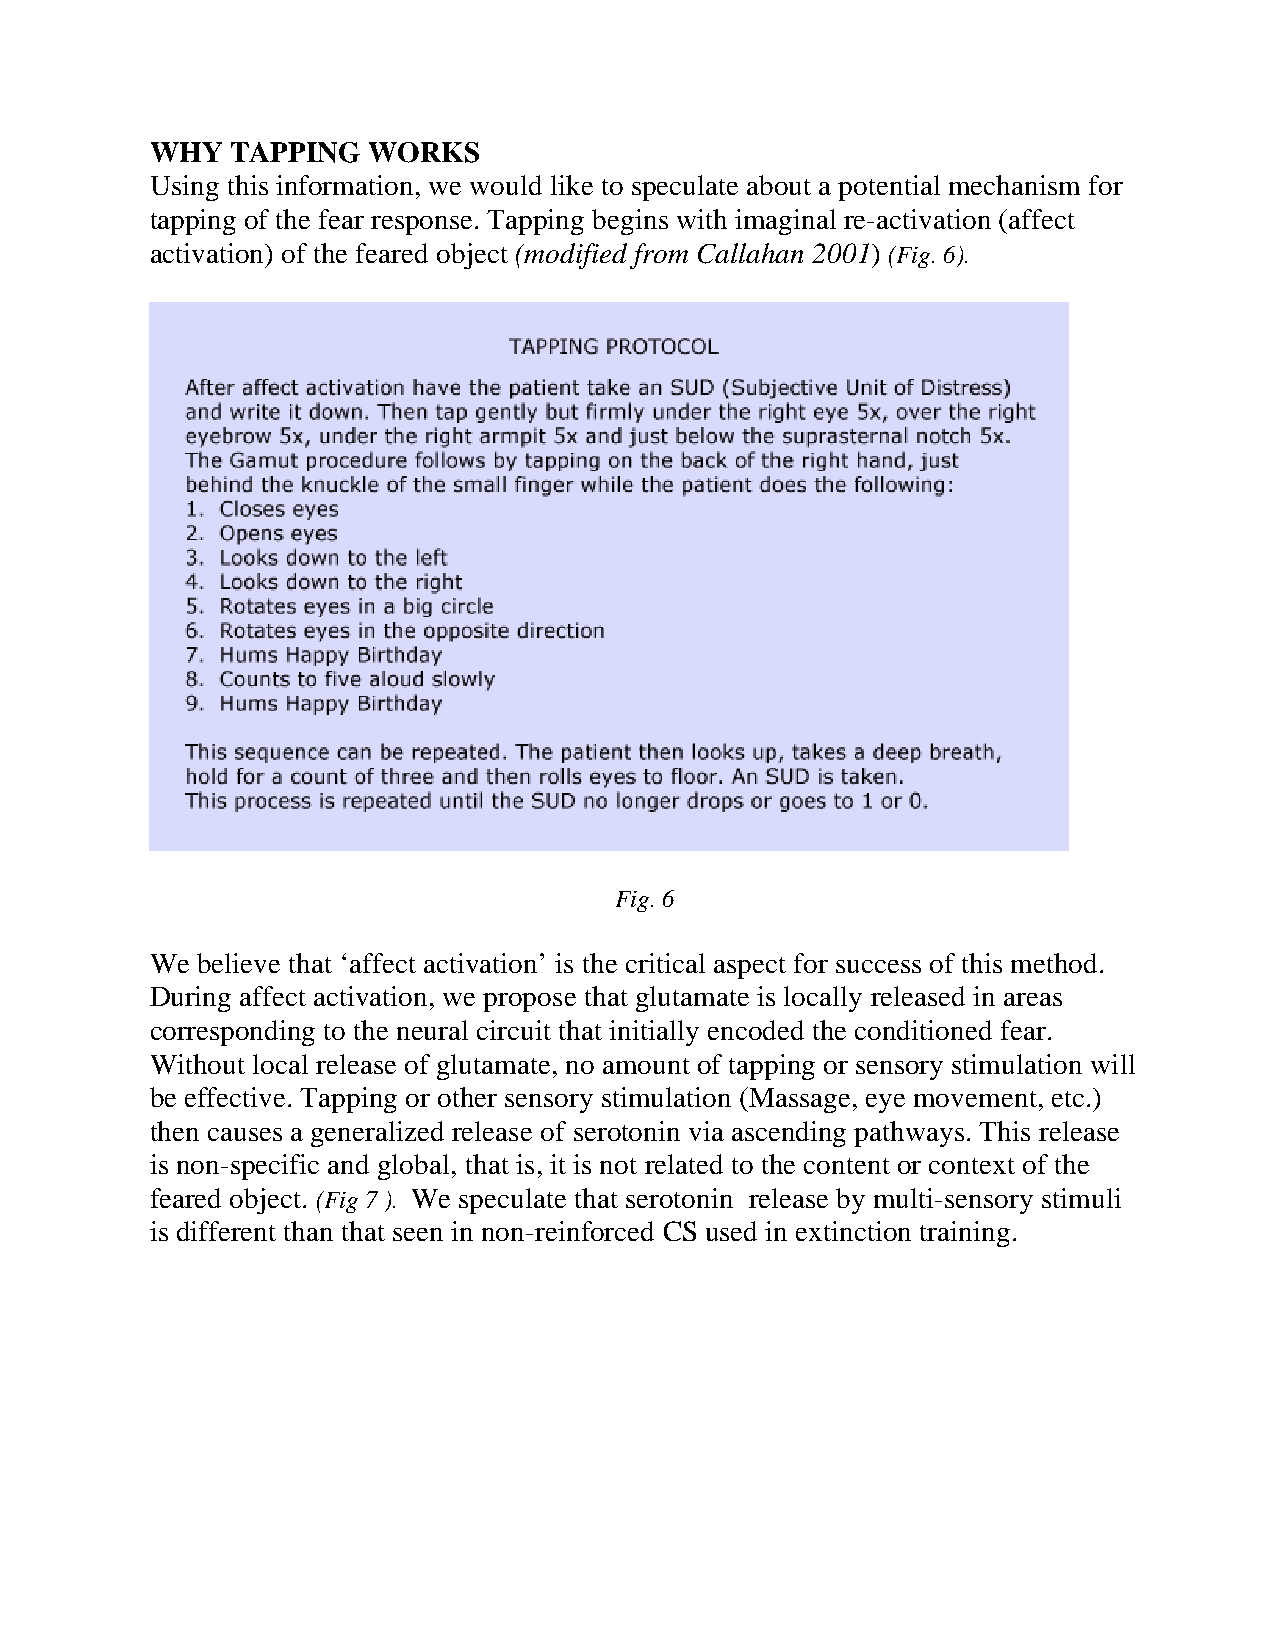
WHY  TAPPING  WORKS
 Using this information, we would like to speculate about a potential mechanism for
 tapping of the fear response. Tapping begins with imaginal re-activation (affect
 activation) of the feared object (modified from Callahan 2001) (Fig. 6).
 Fig. 6
 We believe that ‘affect activation’ is the critical aspect for success of this method.
 During affect activation, we propose that glutamate is locally released in areas
 corresponding to the neural circuit that initially encoded the conditioned fear.
 Without local release of glutamate, no amount of tapping or sensory stimulation will
 be effective. Tapping or other sensory stimulation (Massage, eye movement, etc.)
 then causes a generalized release of serotonin via ascending pathways. This release
 is non-specific and global, that is, it is not related to the content or context of the
 feared object. (Fig 7 ). We speculate that serotonin release by multi-sensory stimuli
 is different than that seen in non-reinforced CS used in extinction training.